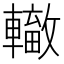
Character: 𨏁